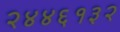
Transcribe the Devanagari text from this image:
२४४६१३२